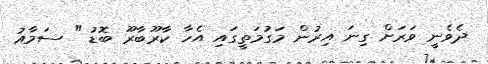
ދެވެނީ ވަރަށް ގިނަ އިރުން މަގުމަތީގައި އެހާ ކާރޫބާރޫ ބޮޑު " ސަމާއު